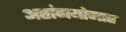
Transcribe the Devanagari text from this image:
अष्टांगयोगात